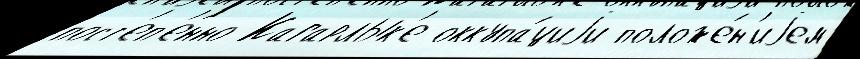
пост'еп'е́нно Кагарлык'е оккупа́циjи положе́н'иjем